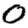
Digit: 0